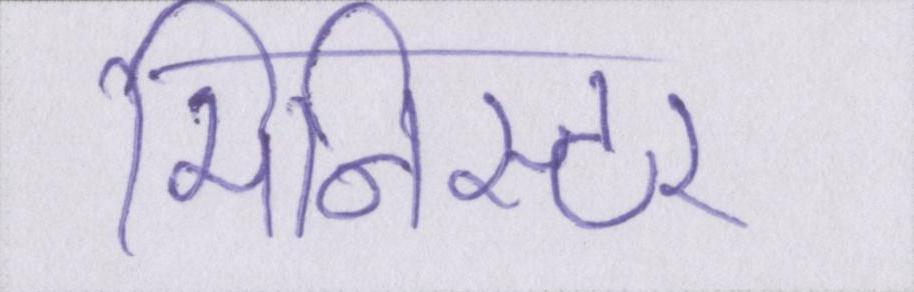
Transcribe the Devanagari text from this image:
मिनिस्टर